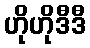
ဟိုဟိုဒီဒီ